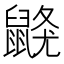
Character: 𪕦